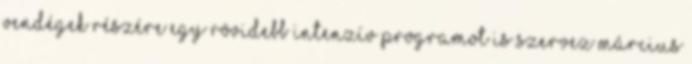
vendégek részére egy rövidebb intenzív programot is szervez március